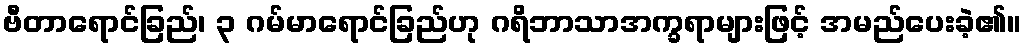
ဗီတာရောင်ခြည်၊ ၃ ဂမ်မာရောင်ခြည်ဟု ဂရိဘာသာအက္ခရာများဖြင့် အမည်ပေးခဲ့၏။